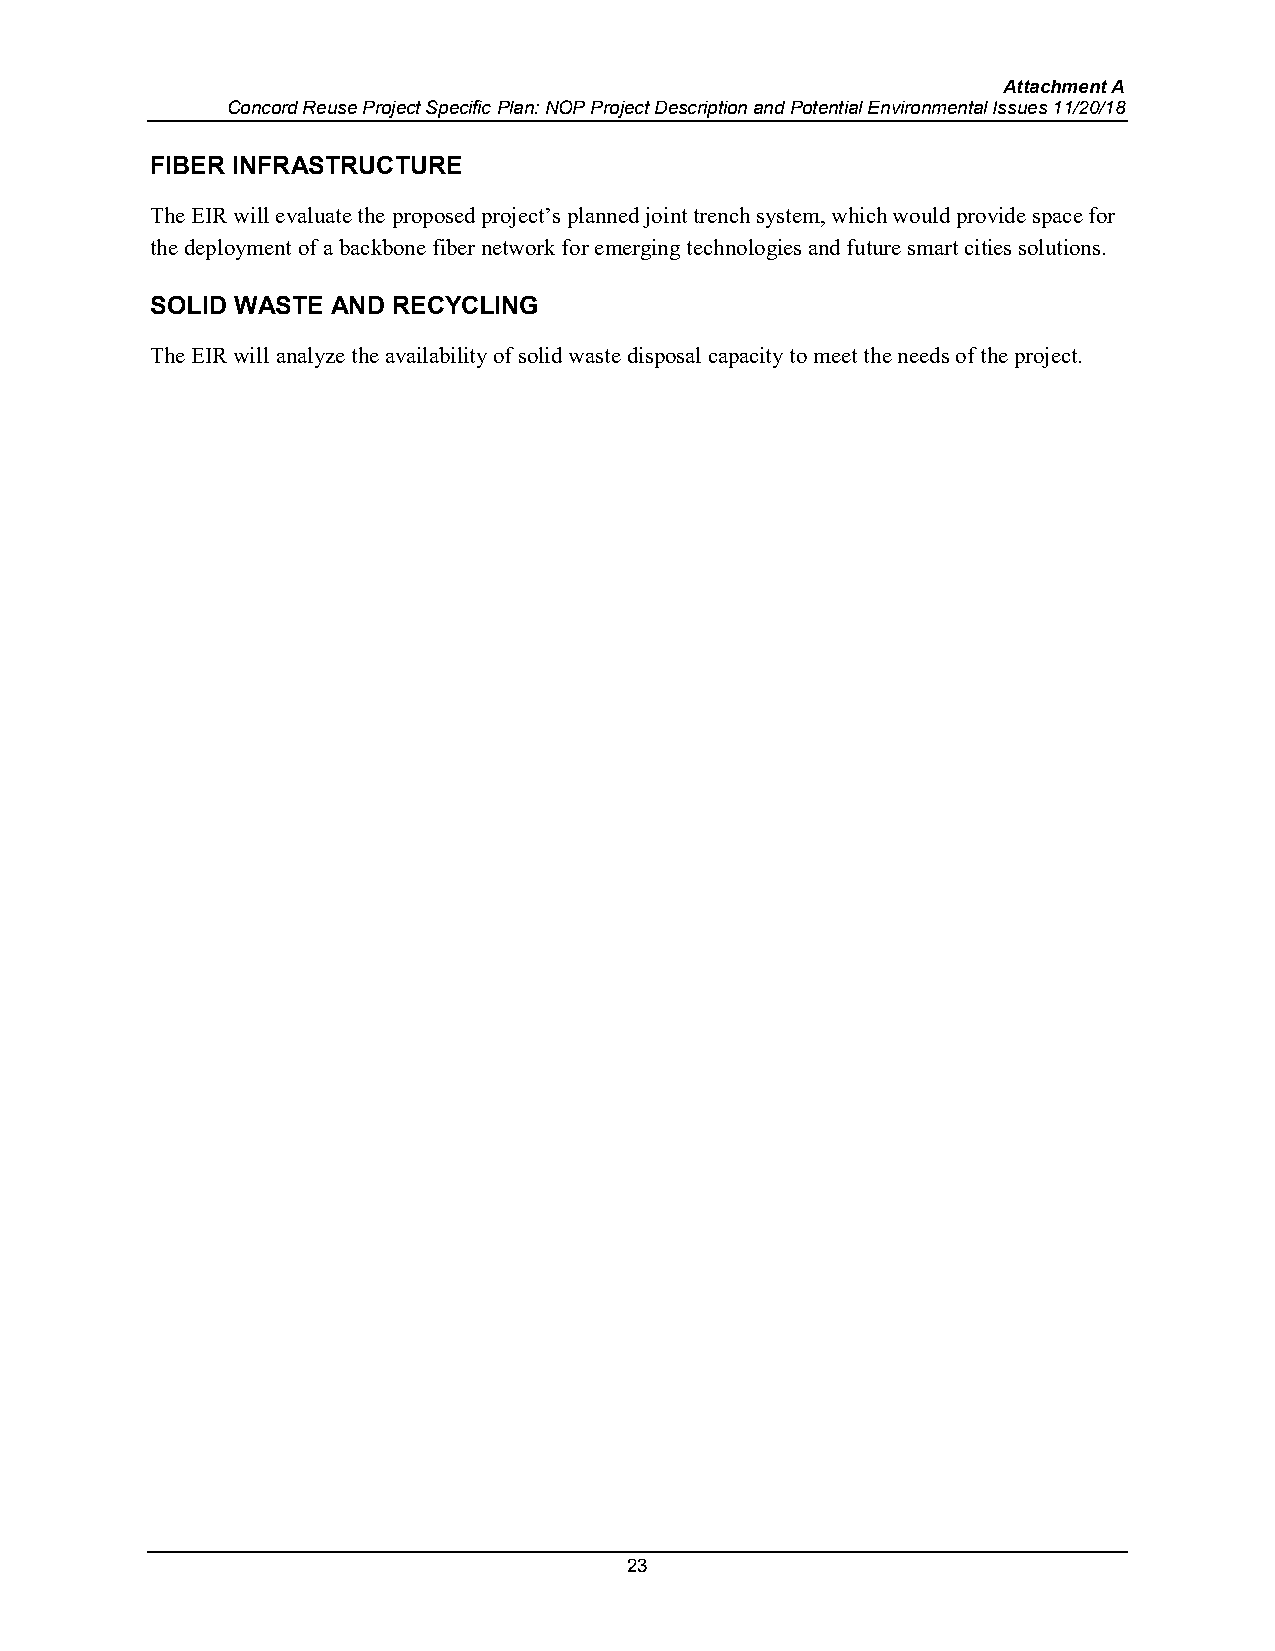
Attachment A
 Concord Reuse Project Specific Plan: NOP Project Description and Potential Environmental Issues 11/20/18
 FIBER INFRASTRUCTURE
 The EIR will evaluate the proposed project’s planned joint trench system, which would provide space for
 the deployment of a backbone fiber network for emerging technologies and future smart cities solutions.
 SOLID WASTE AND RECYCLING
 The EIR will analyze the availability of solid waste disposal capacity to meet the needs of the project.
 23